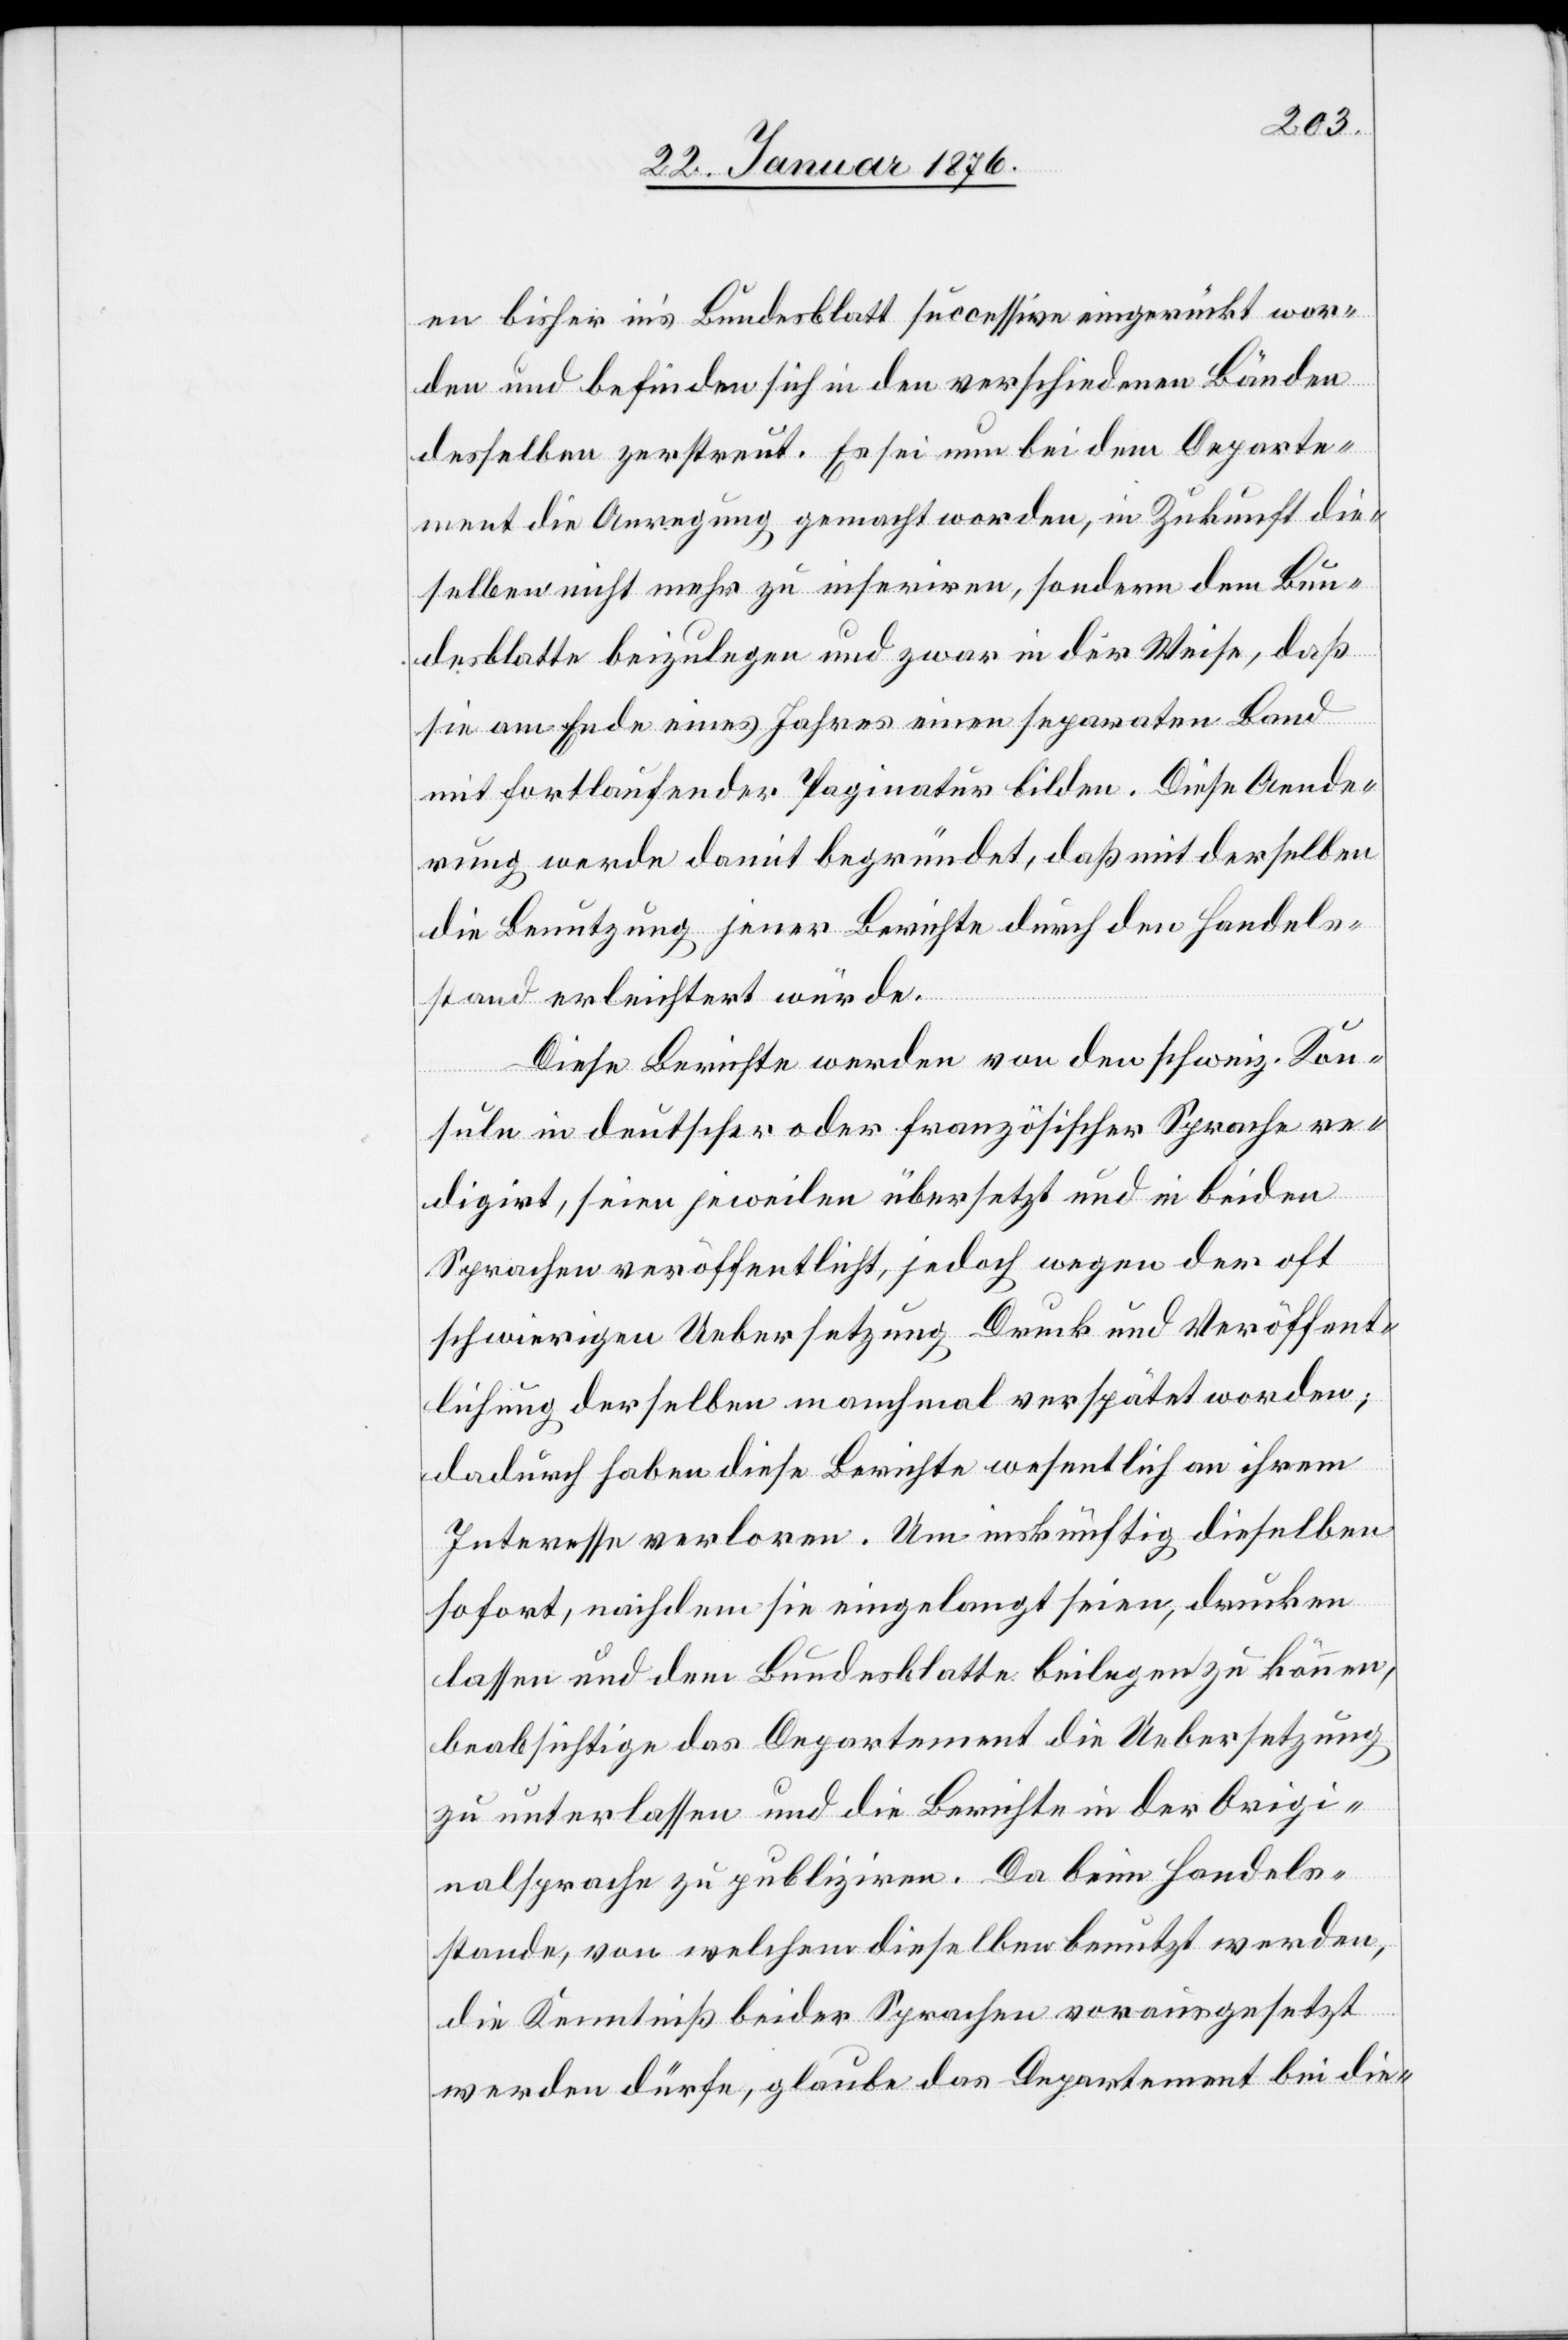
en bisher in’s Bundesblatt successive eingerückt wor¬
den und befinden sich in den verschiedenen Bänden
desselben zerstreut. Es sei nun bei dem Departe¬
ment die Anregung gemacht worden, in Zukunft die¬
selben nicht mehr zu inseriren, sondern dem Bun¬
desblatte beizulegen und zwar in der Weise, daß
sie am Ende eines Jahres einen separaten Band
mit fortlaufender Paginatur bilden. Diese Aende¬
rung werde damit begründet, daß mit derselben
die Benutzung jener Berichte durch den Handels¬
stand erleichtert würde.
Diese Berichte werden von den schweiz. Kon¬
suln in deutscher oder französischer Sprache re¬
digirt, seien jeweilen übersetzt und in beiden
Sprachen veröffentlicht, jedoch wegen der oft
schwierigen Uebersetzung Druck und Veröffent¬
lichung derselben manchmal verspätet worden;
dadurch haben diese Bericht wesentlich an ihrem
Interesse verloren. Um inskünftig dieselben
sofort, nachdem sie eingelangt seien, drucken
lassen und dem Bundesblatte beilegen zu können,
beabsichtige das Departement die Uebersetzung
zu unterlassen und die Berichte in der Origi¬
nalsprache zu publiziren. Da beim Handels¬
stande, von welchem dieselben benutzt werden,
die Kenntniß beider Sprachen vorausgesetzt
werden dürfe, glaube das Departement bei die-